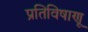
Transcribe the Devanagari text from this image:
प्रतिविषाणू